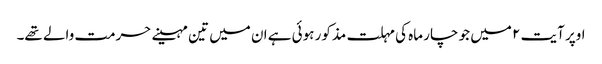
اوپر آیت ۲ میں جو چار ماہ کی مہلت مذکور ہوئی ہے ان میں تین مہینے حرمت والے تھے۔